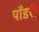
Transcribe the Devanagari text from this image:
पाँडरी